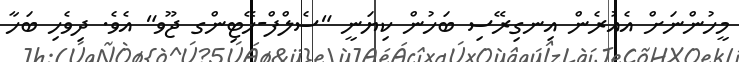
މީހުންނަށް އެއުރެން އިނގިރޭސި ބަހުން ކިޔަނީ "ސެލްފް-ހޭޓިންގ ޖޫވ" އެވެ. ދިވެހި ބަހާ